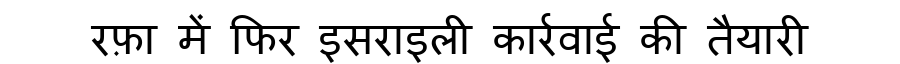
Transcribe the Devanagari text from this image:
रफ़ा में फिर इसराइली कार्रवाई की तैयारी